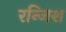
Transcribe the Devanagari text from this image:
रन्जिश